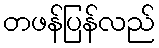
တဖန်ပြန်လည်